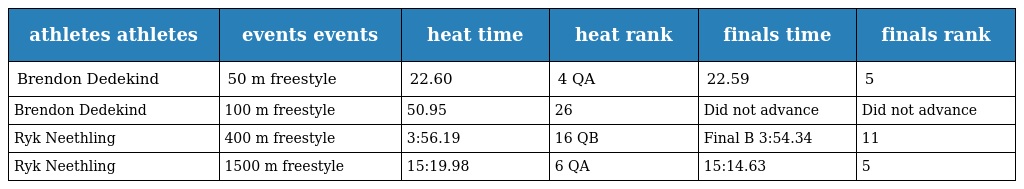
| athletes athletes | events events | heat time | heat rank | finals time | finals rank |
 | --- | --- | --- | --- | --- | --- |
 | Brendon Dedekind | 50 m freestyle | 22.60 | 4 QA | 22.59 | 5 |
 | Brendon Dedekind | 100 m freestyle | 50.95 | 26 | Did not advance | Did not advance |
 | Ryk Neethling | 400 m freestyle | 3:56.19 | 16 QB | Final B 3:54.34 | 11 |
 | Ryk Neethling | 1500 m freestyle | 15:19.98 | 6 QA | 15:14.63 | 5 |